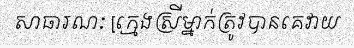
សាធារណៈ [ក្មេងស្រីម្នាក់ត្រូវបានគេវាយ